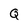
Character: Q